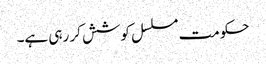
حکومت مسلسل کوشش کر رہی ہے۔